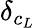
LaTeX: \delta_{c_{L}}